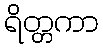
ရိတ္တကာ